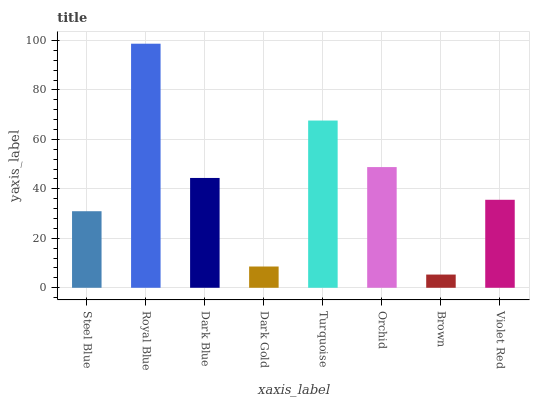
| xaxis_label | bars |
 | --- | --- |
 | Steel Blue | 31 |
 | Royal Blue | 98.7 |
 | Dark Blue | 44.4 |
 | Dark Gold | 8.6 |
 | Turquoise | 67.6 |
 | Orchid | 48.8 |
 | Brown | 5.35 |
 | Violet Red | 35.6 |